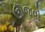
ઊજવો